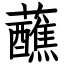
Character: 蘸